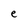
Character: e